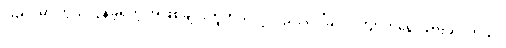
ပြည်ပမှာ ကွယ်လွန်ခဲ့ရတဲ့ အဖြစ်ချင်းတူတယ်လို့လည်း ဒေါ်ခင်လက်ျာကရေးသားခဲ့ပါတယ်။